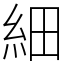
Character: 細